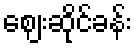
ဈေးဆိုင်ခန်း